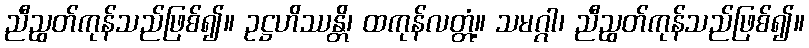
ညီညွတ်ကုန်သည်ဖြစ်၍။ ဥဋ္ဌဟိဿန္တိ၊ ထကုန်လတ္တံ့။ သမဂ္ဂါ၊ ညီညွတ်ကုန်သည်ဖြစ်၍။